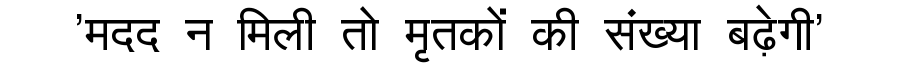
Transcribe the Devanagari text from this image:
'मदद न मिली तो मृतकों की संख्या बढ़ेगी'